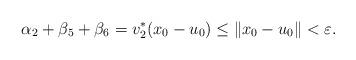
LaTeX: \begin{align*}\alpha _2 + \beta _5 + \beta _6 = v_{2} ^* (x_0- u_0) \le \Vert x_0 - u_0 \Vert <\varepsilon.\end{align*}